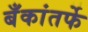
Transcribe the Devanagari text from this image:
बँकांतर्फे